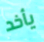
يأخد